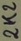
Text: 2k2